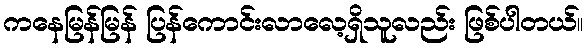
ကနေမြန်မြန် ပြန်ကောင်းလာလေ့ရှိသူလည်း ဖြစ်ပါတယ်။